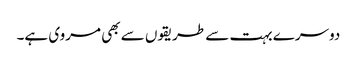
دوسرے بہت سے طریقوں سے بھی مروی ہے۔